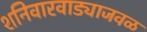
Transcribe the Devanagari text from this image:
शनिवारवाड्याजवळ